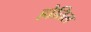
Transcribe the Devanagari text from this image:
होतिल